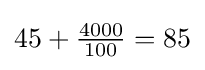
45+{\tfrac {4000}{100}}=85